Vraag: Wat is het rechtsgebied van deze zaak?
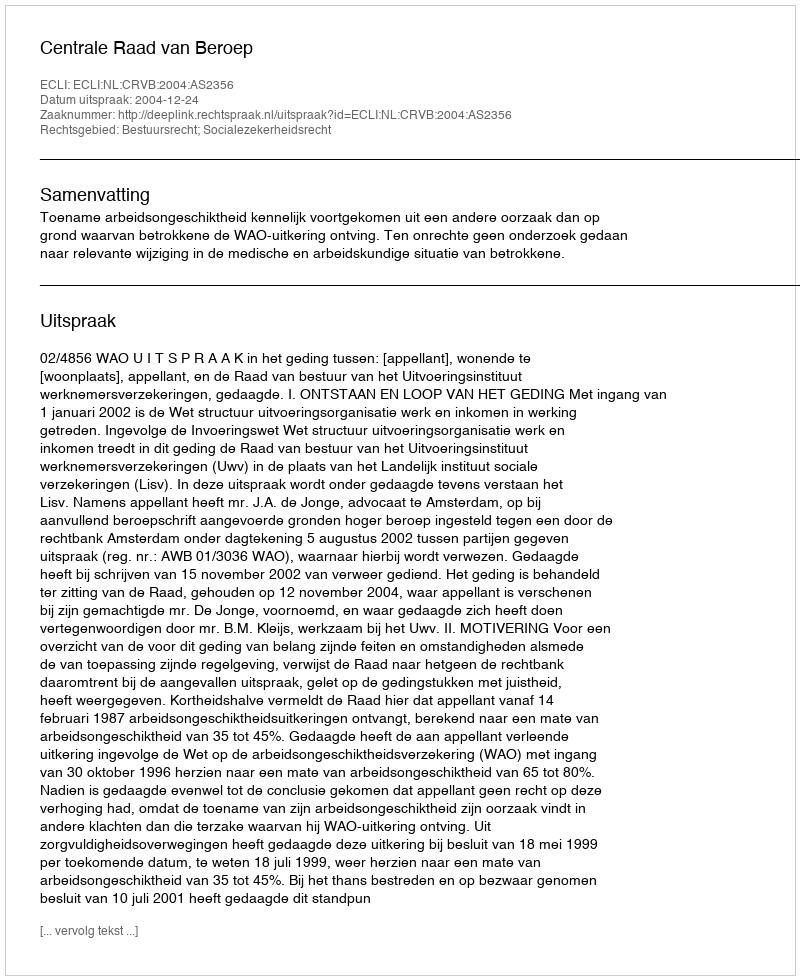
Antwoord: Bestuursrecht; Socialezekerheidsrecht